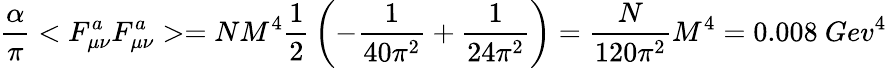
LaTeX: {\frac{\alpha}{\pi}}<F_{\mu\nu}^{a}F_{\mu\nu}^{a}>=NM^{4}{\frac{1}{2}}\left(-{\frac{1}{40\pi^{2}}}+{\frac{1}{24\pi^{2}}}\right)={\frac{N}{120\pi^{2}}}M^{4}=0.008~Gev^{4}